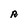
Character: R